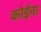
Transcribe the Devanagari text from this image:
कोईना